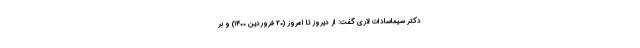
دکتر سیماسادات لاری گفت: از دیروز تا امروز (۲۰ فروردین ۱۴۰۰) و بر